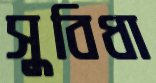
সুবিধা